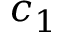
c _ { 1 }